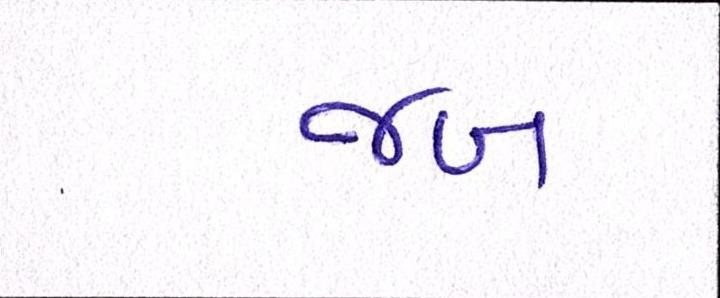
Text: જબ